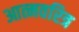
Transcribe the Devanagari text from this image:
आत्मवरित्र